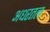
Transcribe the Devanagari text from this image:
अधरतल